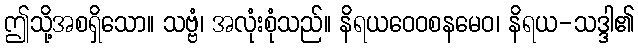
ဤသို့အစရှိသော။ သဗ္ဗံ၊ အလုံးစုံသည်။ နိရယဝေဝစနမေဝ၊ နိရယ-သဒ္ဒါ၏